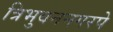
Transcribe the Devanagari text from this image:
त्रिभुवननगरपे